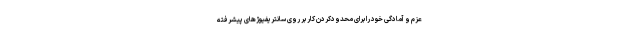
عزم و آمادگی خود را برای محدودکردن کار بر روی سانتریفیوژهای پیشرفته